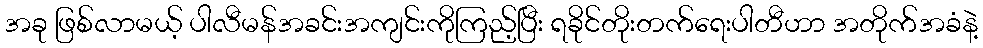
အခု ဖြစ်လာမယ့် ပါလီမန်အခင်းအကျင်းကိုကြည့်ပြီး ရခိုင်တိုးတက်ရေးပါတီဟာ အတိုက်အခံနဲ့